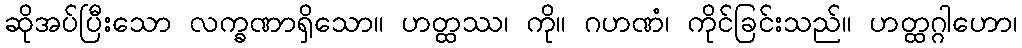
ဆိုအပ်ပြီးသော လက္ခဏာရှိသော။ ဟတ္ထဿ၊ ကို။ ဂဟဏံ၊ ကိုင်ခြင်းသည်။ ဟတ္ထဂ္ဂါဟော၊